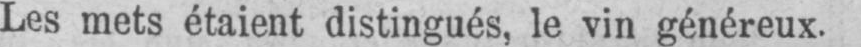
Les mets étaient distingués, le vin généreux.